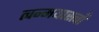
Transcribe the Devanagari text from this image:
त्वन्मयास्त्वाँ